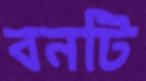
বনটি